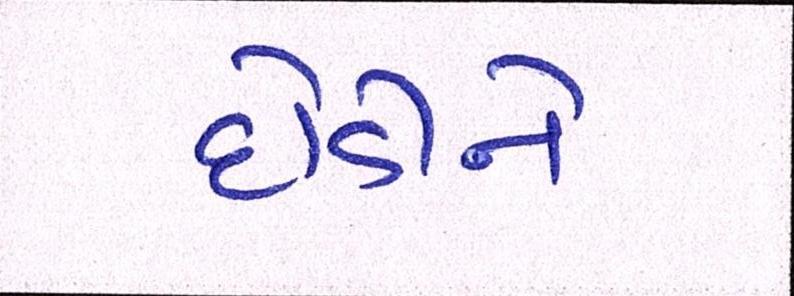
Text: દોડીને